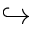
\hookrightarrow